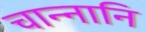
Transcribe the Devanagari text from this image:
चान्नानि